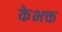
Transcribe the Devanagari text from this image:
केभक्त